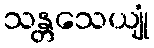
သန္တသေယျုံ